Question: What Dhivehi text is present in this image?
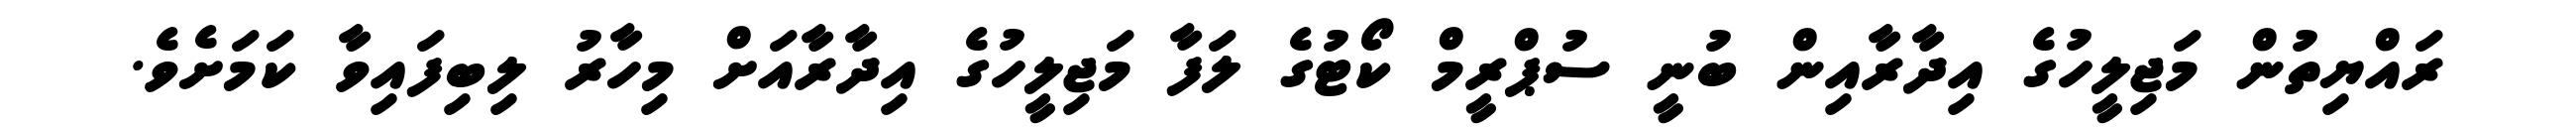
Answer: ރައްޔިތުން މަޖިލީހުގެ އިދާރާއިން ބުނީ ސުޕްރީމް ކޯޓުގެ ލަފާ މަޖިލީހުގެ އިދާރާއަށް މިހާރު ލިބިފައިވާ ކަމަށެވެ.